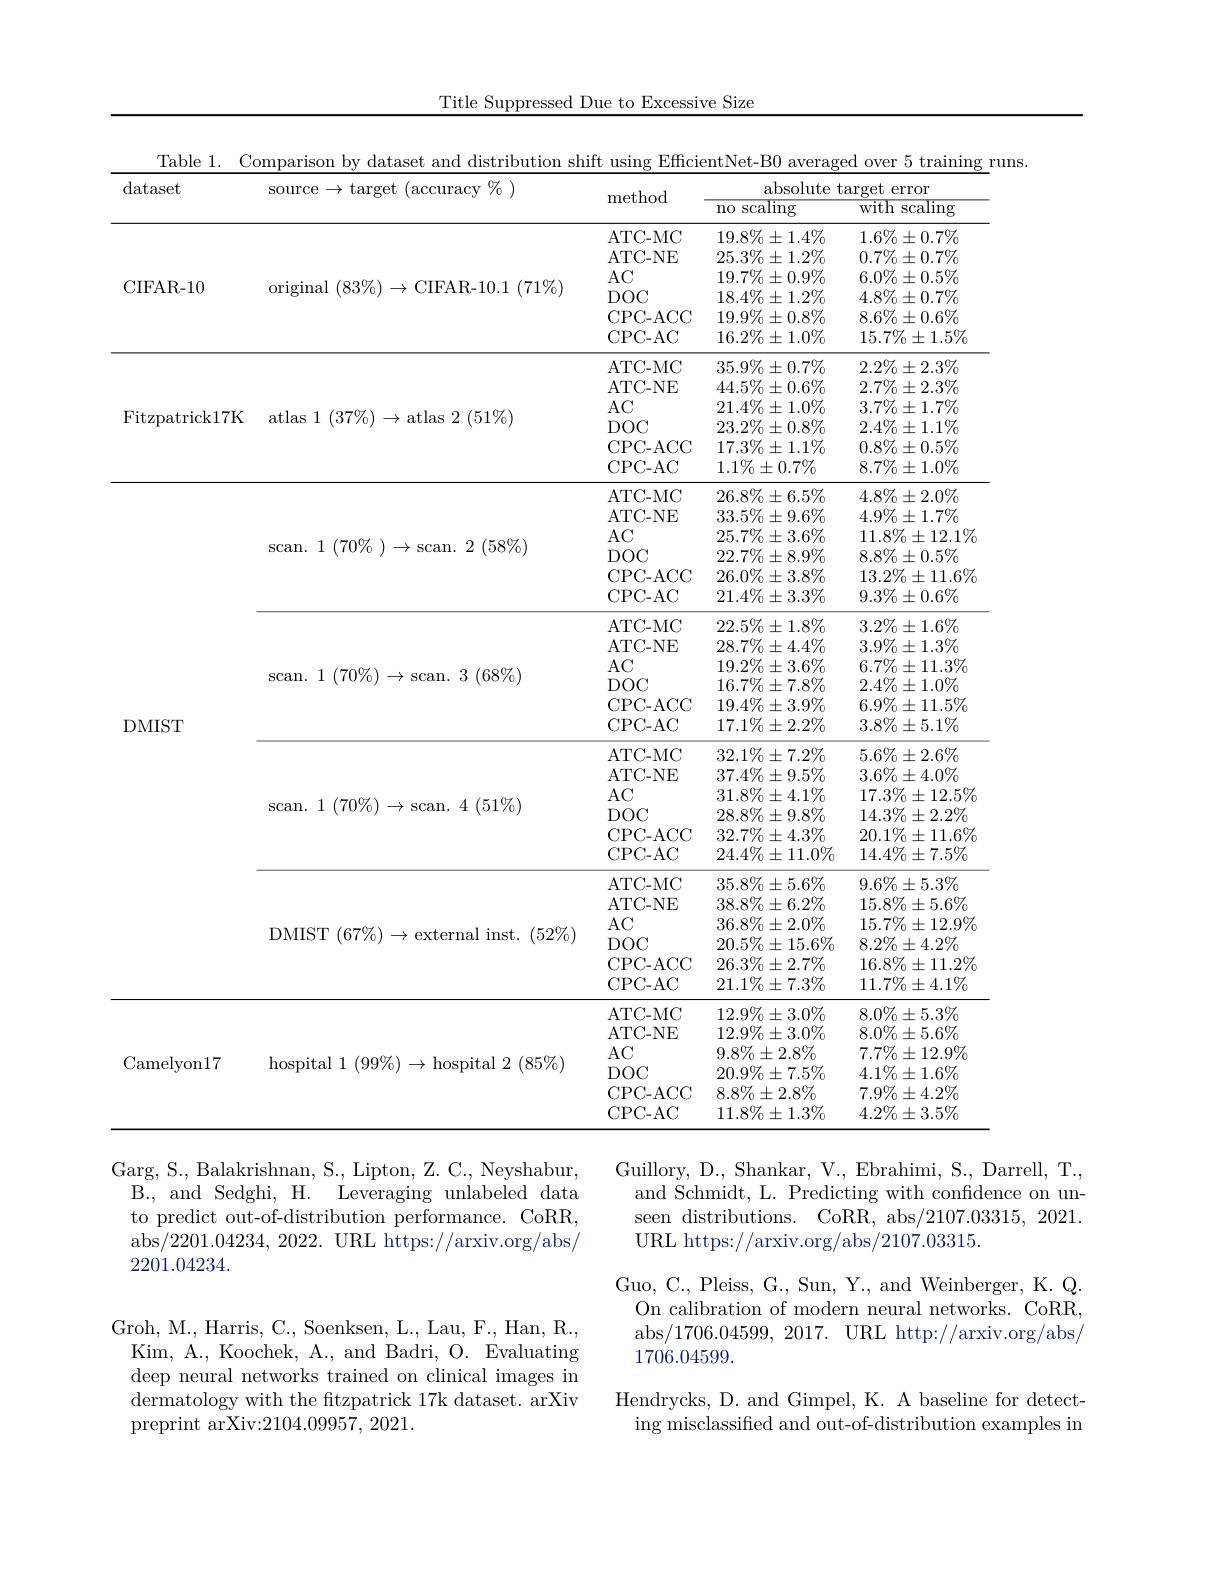
Title Suppressed Due to Excessive Size

Table 1. Comparison by dataset and distribution shift using EfficientNet-B0 averaged over 5 training runs.
dataset
<table>
	<tbody>
		<tr>
			<th> </th>
			<th rowspan="2">source$\to$target(accuracy$\%)$</th>
			<th rowspan="2">method</th>
			<th colspan="2">absolute target t error</th>
		</tr>
		<tr>
			<th> </th>
			<th>${\overline{\text{no scaling}}}$</th>
			<th>$\overline{\text{scaling}}$ with s</th>
		</tr>
		<tr>
			<td>10</td>
			<td>original $(83\%)\to$CIFAR-10.1$(71\%)$</td>
			<td>ATC- MC ATC- NE $AC$ $DOC$ CPC- ACC CPC- AC</td>
			<td>$19.8\%\pm1.4\%$ $25.3\%\pm1.2\%$ $19.7\%\pm0.9\%$ $18.4\%\pm1.2\%$ $19.9\%\pm0.8\%$ $16.2\%\pm1.0\%$</td>
			<td>$1.6\%\pm0.7\%$ $0.7\%\pm0.7\%$ $6.0\%\pm0.5\%$ $4.8\%\pm0.7\%$ $8.6\%\pm0.6\%$ $15.7\%+1.5\%$</td>
		</tr>
		<tr>
			<td>${\mathrm{rick17K}}$</td>
			<td>atlas 1 $(37\%)\to$atlas 2 $(51\%)$</td>
			<td>ATC- MC ATC- NE $AC$ $DOC$ CPC-ACC CPC- AC</td>
			<td>$35.9\%\pm0.7\%$ $44.5\%\pm0.6\%$ $21.4\%\pm1.0\%$ $23.2\%\pm0.8\%$ $17.3\%\pm1.1\%$ $1.1\%\pm0.7\%$</td>
			<td>$2.2\%\pm2.3\%$ $2.7\%\pm2.3\%$ $3.7\%\pm1.7\%$ $2.4\%\pm1.1\%$ $0.8\%\pm0.5\%$ $8.7\%\pm1.0\%$</td>
		</tr>
		<tr>
			<td> </td>
			<td>scan. $1(70\%)\to$scan. $2(58\%)$</td>
			<td>ATC- MC ATC- NE $AC$ $DOC$ CPC-ACC CPC- AC</td>
			<td>$26.8\%\pm6.5\%$ $33.5\%\pm9.6\%$ $25.7\%\pm3.6\%$ $22.7\%\pm8.9\%$ $26.0\%\pm3.8\%$ $21.4\%\pm3.3\%$</td>
			<td>$4.8\%\pm2.0\%$ $4.9\%\pm1.7\%$ $11.8\%\pm12.1\%$ $8.8\%\pm0.5\%$ $13.2\%\pm11.6\%$ $9.3\%\pm0.6\%$</td>
		</tr>
		<tr>
			<td> </td>
			<td>scan. 1 $( 70\% ) \to$scan. 3 $( 68\% )$</td>
			<td>ATC- MC ATC- NE $AC$ $DOC$ CPC-ACC CPC- AC</td>
			<td>$22.5\%\pm1.8\%$ $28.7\%\pm4.4\%$ $19.2\%\pm3.6\%$ $16.7\%\pm7.8\%$ $19.4\%\pm3.9\%$ $17.1\%+2.2\%$</td>
			<td>$3.2\%\pm1.6\%$ $3.9\%\pm1.3\%$ $6.7\%\pm11.3\%$ $2.4\%\pm1.0\%$ $6.9\%\pm11.5\%$ $3.8\%+5.1\%$</td>
		</tr>
		<tr>
			<td> </td>
			<td>$\operatorname { scan. }$ 1 $( 70\% ) \rightarrow \operatorname { scan. }$ 4 $( 51\% )$</td>
			<td>ATC- MC ATC- NE $AC$ $DOC$ CPC- ACCC CPC- AC</td>
			<td>$32.1\%\pm7.2\%$ $37.4\%\pm9.5\%$ $31.8\%\pm4.1\%$ $28.8\%\pm9.8\%$ $32.7\%\pm4.3\%$ $24.4\%\pm11.0\%$</td>
			<td>$5.6\%\pm2.6\%$ $3.6\%\pm4.0\%$ $17.3\%\pm12.5\%$ $14.3\%\pm2.2\%$ $20.1\%\pm11.6\%$ $14.4\%\pm7.5\%$</td>
		</tr>
		<tr>
			<td> </td>
			<td>DMIST $(67\%)\to$external inst.$(52\%)$</td>
			<td>ATC- MC ATC- NE $AC$ $DOC$ CPC-ACC CPC- AC</td>
			<td>$35.8\%\pm5.6\%$ $38.8\%\pm6.2\%$ $36.8\%\pm2.0\%$ $20.5\%\pm15.6\%$ $26.3\%\pm2.7\%$ $21.1\%\pm7.3\%$</td>
			<td>$9.6\%\pm5.3\%$ $15.8\%\pm5.6\%$ $15.7\%\pm12.9\%$ $8.2\%\pm4.2\%$ $16.8\%\pm11.2\%$ $11.7\%\pm4.1\%$</td>
		</tr>
		<tr>
			<td>on17</td>
			<td>${\mathrm{hospital~1~}}(99\%)\to{\mathrm{hospital~2~}}(85\%)$</td>
			<td>ATC- MC ATC- NE $AC$ $DOC$ CPC-ACC CPC- AC</td>
			<td>$12.9\%\pm3.0\%$ $12.9\%\pm3.0\%$ $9.8\%\pm2.8\%$ $20.9\%\pm7.5\%$ $8.8\%\pm2.8\%$ $11.8\%\pm1.3\%$</td>
			<td>$8.0\%\pm5.3\%$ $8.0\%\pm5.6\%$ $7.7\%\pm12.9\%$ $4.1\%\pm1.6\%$ $7.9\%\pm4.2\%$ $4.2\%\pm3.5\%$</td>
		</tr>
	</tbody>
</table>
DMIST
Garg, S., Balakrishnan, S., Lipton, Z. C., Neyshabur,
Guillory, D., Shankar, V., Ebrahimi, S., Darrell, T.,

and Schmidt, L. Predicting with confidence on unseen distributions. CoRR, abs/2107.03315, 2021. URL https://arxiv.org/abs/2107.03315.

B., and Sedghi, H. Leveraging unlabeled data to predict out-of-distribution performance. CoRR, abs/2201.04234, 2022. URL https://arxiv.org/abs/ 2201.04234.

Guo, C., Pleiss, G., Sun, Y., and Weinberger, K. Q.
On calibration of modern neural networks. CoRR, abs/1706.04599, 2017. URL http://arxiv.org/abs/ 1706.04599.
Hendrycks, D. and Gimpel, K. A baseline for detect-
ing misclassified and out-of-distribution examples in

Groh, M., Harris, C., Soenksen, L., Lau, F., Han, R., Kim, A., Koochek, A., and Badri, O. Evaluating deep neural networks trained on clinical images in dermatology with the ftzpatrick 17k dataset. arXiv preprint arXiv:2104.09957, 2021.